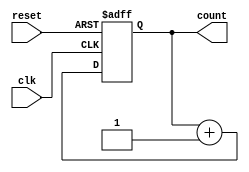
module ripple_counter (
    input wire clk,          // Clock input
    input wire reset,        // Asynchronous reset input
    output reg [3:0] count   // 4-bit count output
);

// Always block triggered on the rising edge of the clock or when reset is asserted
always @(posedge clk or posedge reset) begin
    if (reset) begin
        count <= 4'b0000;   // Reset the count to 0
    end else begin
        count <= count + 1; // Increment the count
    end
end

endmodule